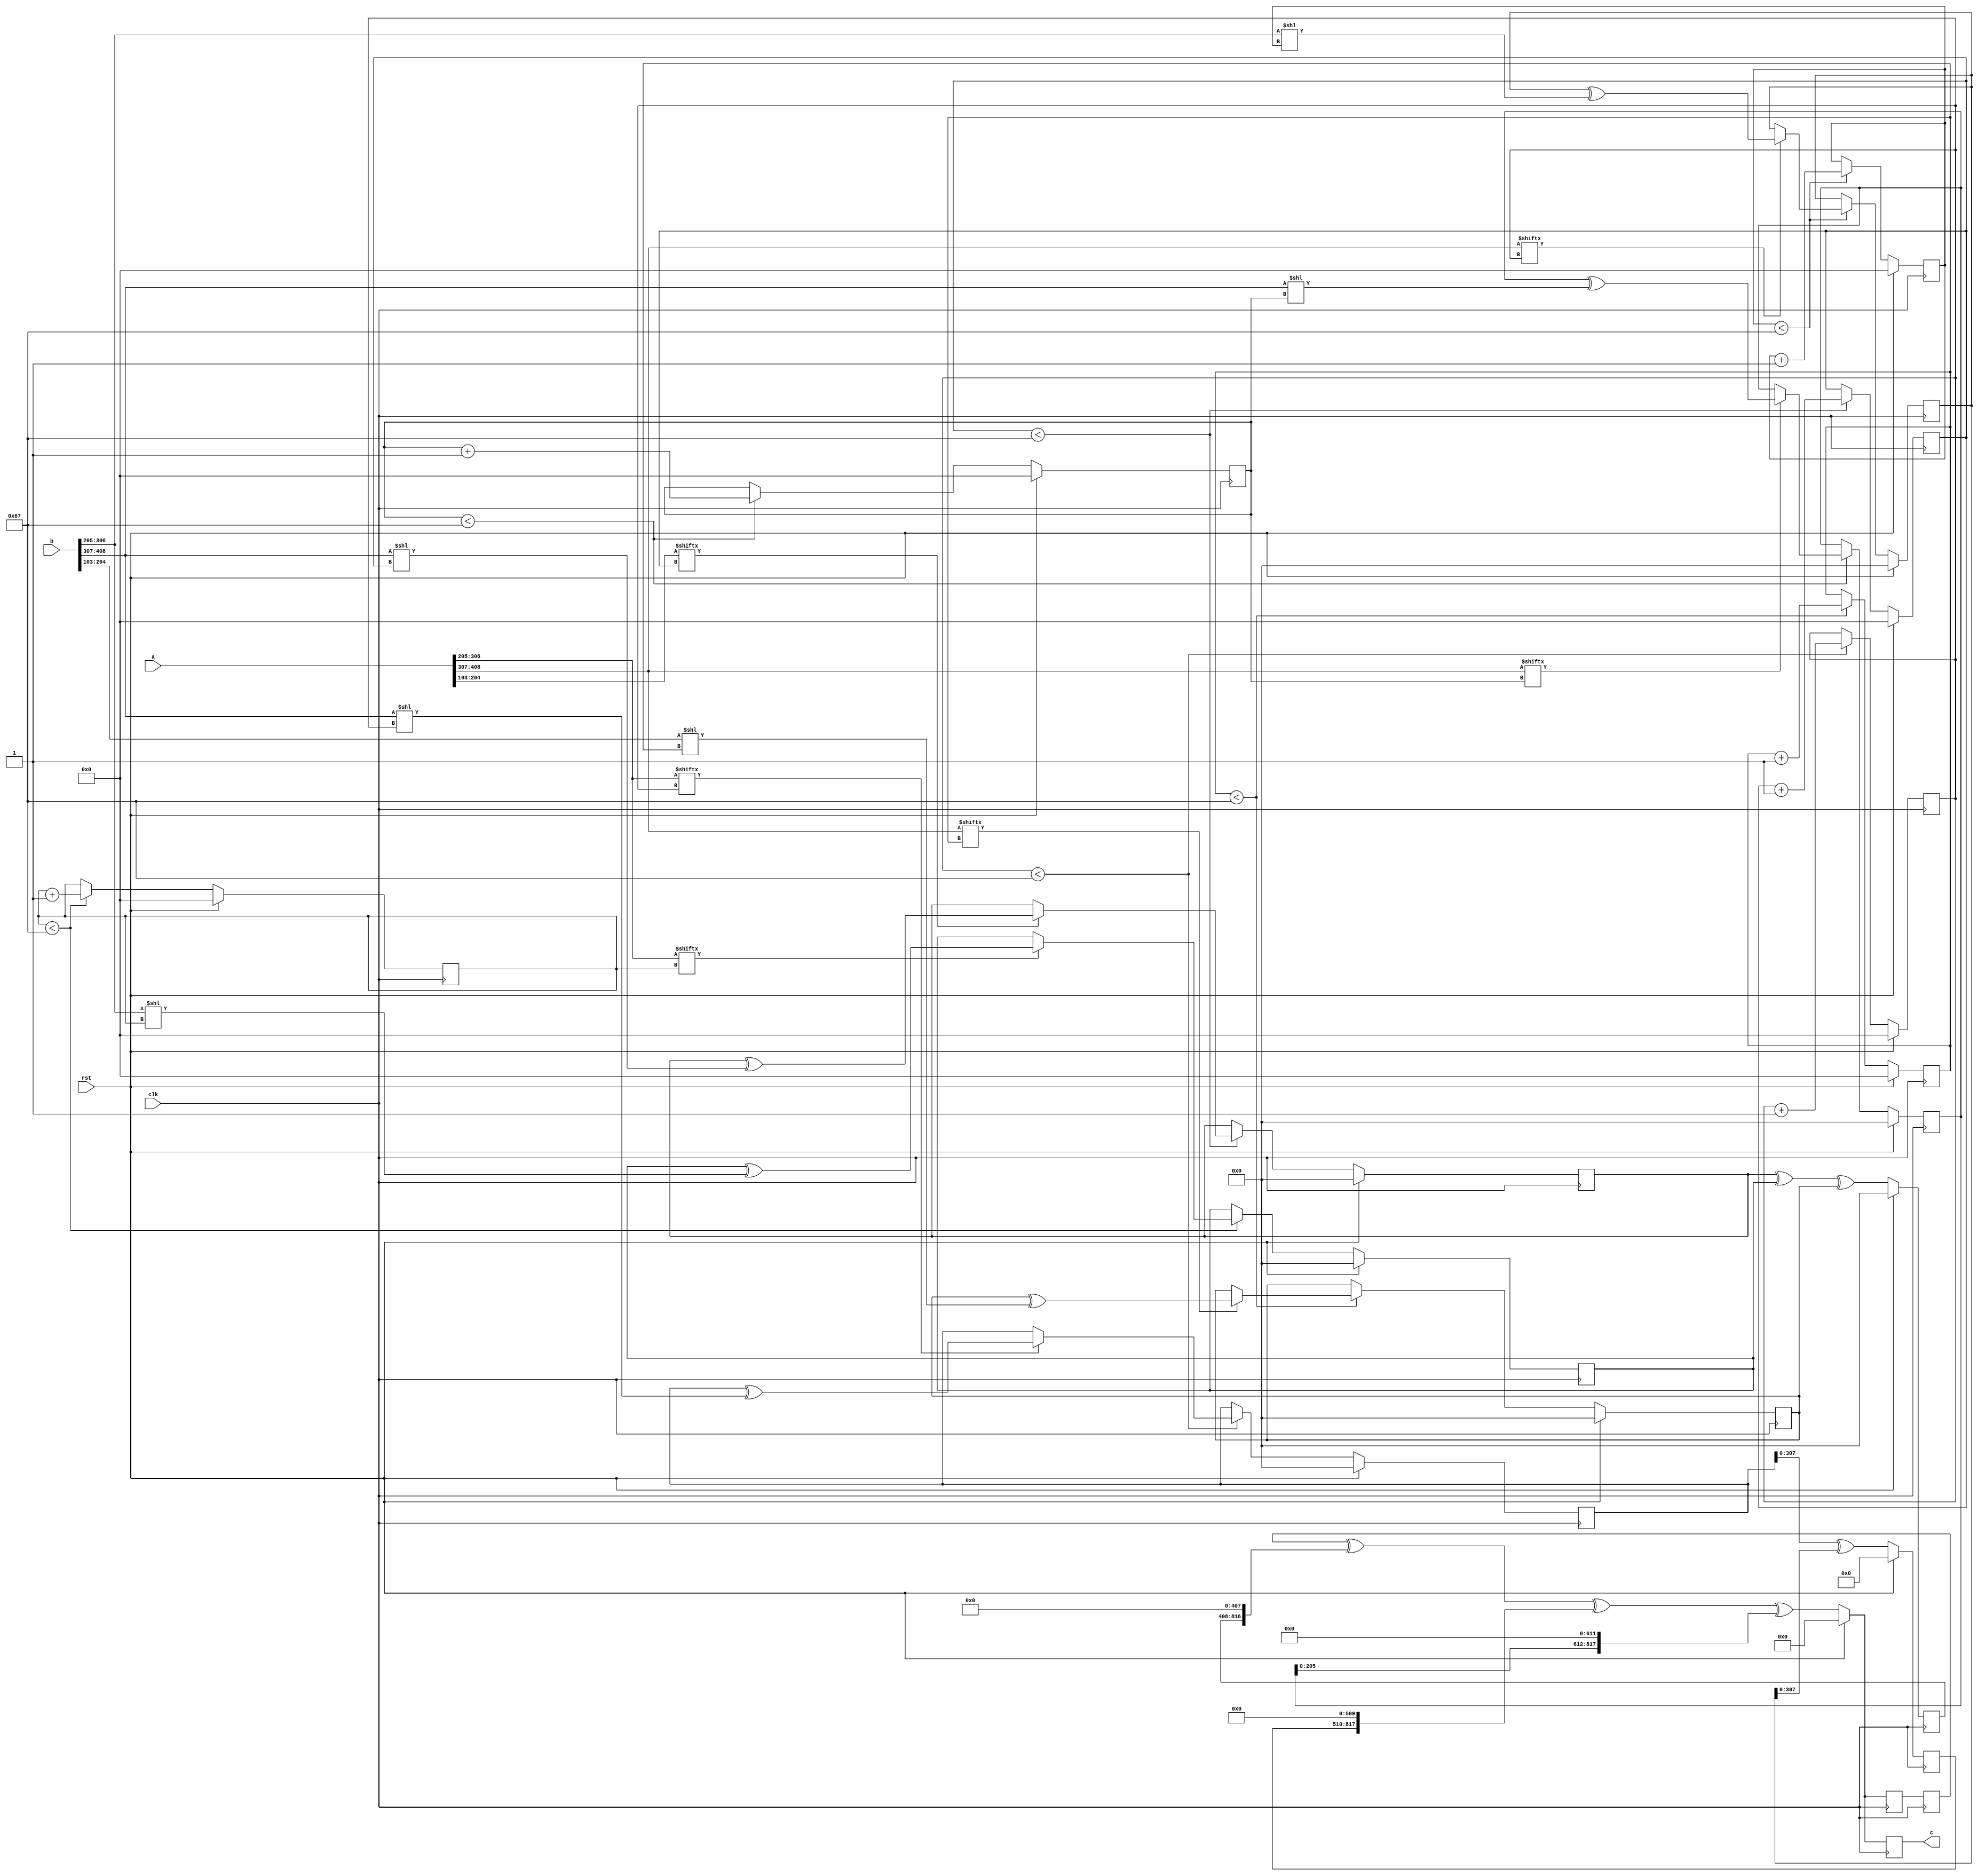
// TalTech large integer multiplier library
// Multiplier type: four_way_toom_cook
// Parameters: 409 409 2
// Target tool: genus
module four_way_toom_cook(clk, rst, a, b, c);
input clk;
input rst;
input [408:0] a;
input [408:0] b;
output reg [817:0] c;

// Pipeline register declaration 
reg [817:0] c_temp_1;

// Wires declaration 
wire  [102:0] a0;
wire  [101:0] a1;
wire  [101:0] a2;
wire  [101:0] a3;
wire  [102:0] b0;
wire  [101:0] b1;
wire  [101:0] b2;
wire  [101:0] b3;

// Registers declaration 
reg  [101:0] counter_d;
reg  [101:0] counter_e1;
reg  [101:0] counter_e2;
reg  [101:0] counter_f1;
reg  [101:0] counter_f2;
reg  [101:0] counter_f3;
reg  [101:0] counter_g1;
reg  [101:0] counter_g2;
reg  [101:0] counter_g3;
reg  [101:0] counter_g4;
reg  [101:0] counter_h1;
reg  [101:0] counter_h2;
reg  [101:0] counter_h3;
reg  [101:0] counter_i1;
reg  [101:0] counter_i2;
reg  [101:0] counter_j;
reg  [408:0] d;
reg  [408:0] e1_mul;
reg  [408:0] e2_mul;
reg  [408:0] e;
reg  [408:0] f1_mul;
reg  [408:0] f2_mul;
reg  [408:0] f3_mul;
reg  [408:0] f;
reg  [408:0] g1_mul;
reg  [408:0] g2_mul;
reg  [408:0] g3_mul;
reg  [408:0] g4_mul;
reg  [408:0] g;
reg  [408:0] h1_mul;
reg  [408:0] h2_mul;
reg  [408:0] h3_mul;
reg  [408:0] h;
reg  [408:0] i1_mul;
reg  [408:0] i2_mul;
reg  [408:0] i;
reg  [408:0] j;
reg  [817:0] temp;

// Initial assignments to wires
assign a0 = a[102:0];
assign a1 = a[204:103];
assign a2 = a[306:205];
assign a3 = a[408:307];
assign b0 = b[102:0];
assign b1 = b[204:103];
assign b2 = b[306:205];
assign b3 = b[408:307];

// Step-1 of 4-Way TCM Multiplier
always @(posedge clk) begin
		if (rst) begin			counter_d <= 102'd0;
			d <= 409'd0;
		end
		else if (counter_d < 103) begin
			if (a3[counter_d] == 1'b1) begin
				d <= d ^ (b3 << counter_d);
				counter_d <= counter_d + 1;
			end
			counter_d <= counter_d + 1;
		end
end

// Step-2 (Part-1) of 4-Way TCM Multiplier
always @(posedge clk) begin
		if (rst) begin
			counter_e1 <= 102'd0;
			e1_mul <= 409'd0;
		end
		else if (counter_e1 < 103) begin
			if (a2[counter_e1] == 1'b1) begin
				e1_mul <= e1_mul ^ (b3 << counter_e1);
				counter_e1 <= counter_e1 + 1;
			end
			counter_e1 <= counter_e1 + 1;
		end
end

// Step-2 (Part-2) of 4-Way TCM Multiplier
always @(posedge clk) begin
		if (rst) begin
			counter_e2 <= 102'd0;
			e2_mul <= 409'd0;
		end
		else if (counter_e2 < 103) begin
			if (a3[counter_e1] == 1'b1) begin
				e2_mul <= e2_mul ^ (b2 << counter_e2);
				counter_e2 <= counter_e2 + 1;
			end
			counter_e2 <= counter_e2 + 1;
		end
end

// Step-2 (Part-3) of 4-Way TCM Multiplier
always @(posedge clk) begin
		if (rst) begin
			e <= 409'd0;
		end
		else begin
			e <= e1_mul ^ e2_mul;
		end
end

// Step-3 (Part-1) of 4-Way TCM Multiplier
always @(posedge clk) begin
		if (rst) begin
			counter_f1 <= 102'd0;
			f1_mul <= 409'd0;
		end
		else if (counter_f1 < 103) begin
			if (a1[counter_f1] == 1'b1) begin
				f1_mul <= f1_mul ^ (b3 << counter_f1);
				counter_f1 <= counter_f1 + 1;
			end
			counter_f1 <= counter_f1 + 1;
		end
end

// Step-3 (Part-2) of 4-Way TCM Multiplier
always @(posedge clk) begin
		if (rst) begin
			counter_f2 <= 102'd0;
			f2_mul <= 409'd0;
		end
		else if (counter_f2 < 103) begin
			if (a2[counter_f2] == 1'b1) begin
				f2_mul <= f2_mul ^ (b2 << counter_f2);
				counter_f2 <= counter_f2 + 1;
			end
			counter_f2 <= counter_f2 + 1;
		end
end

// Step-3 (Part-3) of 4-Way TCM Multiplier
always @(posedge clk) begin
		if (rst) begin
			counter_f3 <= 102'd0;
			f3_mul <= 409'd0;
		end
		else if (counter_f3 < 103) begin
			if (a3[counter_f3] == 1'b1) begin
				f3_mul <= f3_mul ^ (b1 << counter_f3);
				counter_f3 <= counter_f3 + 1;
			end
			counter_f3 <= counter_f3 + 1;
		end
end

// Step-3 (Part-4) of 4-Way TCM Multiplier
always @(posedge clk) begin
		if (rst) begin
			f <= 409'd0;
		end
		else begin
			f <= f1_mul ^ f2_mul ^ f3_mul;
		end
end

// Step-4 (Part-1) of 4-Way TCM Multiplier
always @(posedge clk) begin
		if (rst) begin
			counter_g1 <= 102'd0;
			g1_mul <= 409'd0;
		end
		else if (counter_g1 < 103) begin
			if (a0[counter_g1] == 1'b1) begin
				g1_mul <= g1_mul ^ (b3 << counter_g1);
				counter_g1 <= counter_g1 + 1;
			end
			counter_g1 <= counter_g1 + 1;
		end
end

// Step-4 (Part-2) of 4-Way TCM Multiplier
always @(posedge clk) begin
		if (rst) begin
			counter_g2 <= 102'd0;
			g2_mul <= 409'd0;
		end
		else if (counter_g2 < 103) begin
			if (a1[counter_g2] == 1'b1) begin
				g2_mul <= g2_mul ^ (b2 << counter_g2);
				counter_g2 <= counter_g2 + 1;
			end
			counter_g2 <= counter_g2 + 1;
		end
end

// Step-4 (Part-3) of 4-Way TCM Multiplier
always @(posedge clk) begin
		if (rst) begin
			counter_g3 <= 102'd0;
			g3_mul <= 409'd0;
		end
		else if (counter_g3 < 103) begin
			if (a2[counter_g3] == 1'b1) begin
				g3_mul <= g3_mul ^ (b1 << counter_g3);
				counter_g3 <= counter_g3 + 1;
			end
			counter_g3 <= counter_g3 + 1;
		end
end

// Step-4 (Part-4) of 4-Way TCM Multiplier
always @(posedge clk) begin
		if (rst) begin
			counter_g4 <= 102'd0;
			g4_mul <= 409'd0;
		end
		else if (counter_g4 < 103) begin
			if (a3[counter_g4] == 1'b1) begin
				g4_mul <= g4_mul ^ (b0 << counter_g4);
				counter_g4 <= counter_g4 + 1;
			end
			counter_g4 <= counter_g4 + 1;
		end
end

// Step-4 (Part-5) of 4-Way TCM Multiplier
always @(posedge clk) begin
		if (rst) begin
			g <= 409'd0;
		end
		else begin
			g <= g1_mul ^ g2_mul ^ g3_mul ^ g4_mul;
		end
end

// Step-5 (Part-1) of 4-Way TCM Multiplier
always @(posedge clk) begin
		if (rst) begin
			counter_h1 <= 102'd0;
			h1_mul <= 409'd0;
		end
		else if (counter_h1 < 103) begin
			if (a0[counter_h1] == 1'b1) begin
				h1_mul <= h1_mul ^ (b2 << counter_h1);
				counter_h1 <= counter_h1 + 1;
			end
			counter_h1 <= counter_h1 + 1;
		end
end

// Step-5 (Part-2) of 4-Way TCM Multiplier
always @(posedge clk) begin
		if (rst) begin
			counter_h2 <= 102'd0;
			h2_mul <= 409'd0;
		end
		else if (counter_h2 < 103) begin
			if (a1[counter_h2] == 1'b1) begin
				h2_mul <= h2_mul ^ (b1 << counter_h2);
				counter_h2 <= counter_h2 + 1;
			end
			counter_h2 <= counter_h2 + 1;
		end
end

// Step-5 (Part-3) of 4-Way TCM Multiplier
always @(posedge clk) begin
		if (rst) begin
			counter_h3 <= 102'd0;
			h3_mul <= 409'd0;
		end
		else if (counter_h3 < 103) begin
			if (a2[counter_h3] == 1'b1) begin
				h3_mul <= h3_mul ^ (b0 << counter_h3);
				counter_h3 <= counter_h3 + 1;
			end
			counter_h3 <= counter_h3 + 1;
		end
end

// Step-5 (Part-4) of 4-Way TCM Multiplier
always @(posedge clk) begin
		if (rst) begin
			h <= 409'd0;
		end
		else begin
			h <= h1_mul ^ h2_mul ^ h3_mul;
		end
end

// Step-6 (Part-1) of 4-Way TCM Multiplier
always @(posedge clk) begin
		if (rst) begin
			counter_i1 <= 102'd0;
			i1_mul <= 409'd0;
		end
		else if (counter_i1 < 103) begin
			if (a0[counter_i1] == 1'b1) begin
				i1_mul <= i2_mul ^ (b1 << counter_i1);
				counter_i1 <= counter_i1 + 1;
			end
			counter_i1 <= counter_i1 + 1;
		end
end

// Step-6 (Part-2) of 4-Way TCM Multiplier
always @(posedge clk) begin
		if (rst) begin
			counter_i2 <= 102'd0;
			i2_mul <= 409'd0;
		end
		else if (counter_i2 < 103) begin
			if (a1[counter_i2] == 1'b1) begin
				i2_mul <= i2_mul ^ (b0 << counter_i2);
				counter_i2 <= counter_i2 + 1;
			end
			counter_i2 <= counter_i2 + 1;
		end
end

// Step-6 (Part-3) of 4-Way TCM Multiplier
always @(posedge clk) begin
		if (rst) begin
			i <= 409'd0;
		end
		else begin
			i <= i1_mul ^ i2_mul;
		end
end

// Step-7 of 4-Way TCM Multiplier
always @(posedge clk) begin
		if (rst) begin
			counter_j = 102'd0;
			j = 409'd0;
		end
		else if (counter_j < 103) begin
			if (a0[counter_j] == 1'b1) begin
				j = j ^ (b0 << counter_j);
				counter_j = counter_j + 1;
			end
			counter_j = counter_j + 1;
		end
end

// Step-8 of 4-Way TCM Multiplier
always @(posedge clk) begin
		if (rst) begin
			temp = 818'd0;
			c = 818'd0;
		end
		else begin
			temp = j;
			temp = temp ^ (i << 102);
			temp = temp ^ (h << 204);
			temp = temp ^ (g << 306);
			temp = c_temp_1 ^ (f << 408);
			temp = temp ^ (e << 510);
			temp = temp ^ (d << 612);
			c = temp;
		end
end

// pipeline stages
always @(posedge clk) begin
	c_temp_1 <= temp;
end
endmodule